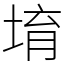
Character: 堉